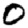
Digit: 0